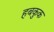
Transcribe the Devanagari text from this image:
हबकुक